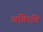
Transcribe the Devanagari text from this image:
अविरति